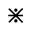
\divideontimes